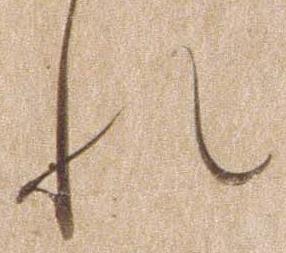
れ